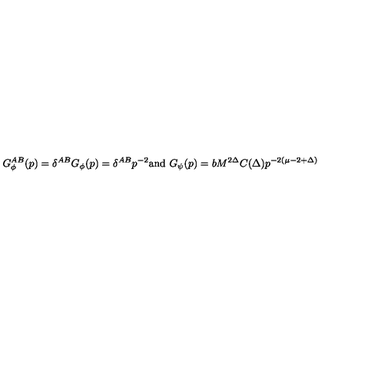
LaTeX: G _ { \phi } ^ { A B } ( p ) = \delta ^ { A B } G _ { \phi } ( p ) = { \delta ^ { A B } } { p ^ { - 2 } } \mathrm { a n d } \ G _ { \psi } ( p ) = { b } M ^ { 2 \Delta } C ( \Delta ) { p ^ { - 2 ( \mu - 2 + \Delta ) } }